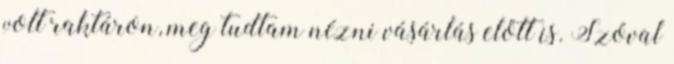
volt raktáron, meg tudtam nézni vásárlás előtt is. Szóval